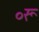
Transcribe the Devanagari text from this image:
०रू